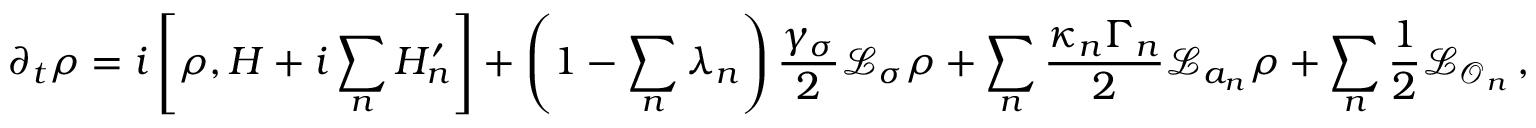
\partial _ { t } \rho = i \left[ \rho , H + i \sum _ { n } H _ { n } ^ { \prime } \right] + \left( 1 - \sum _ { n } \lambda _ { n } \right) \frac { \gamma _ { \sigma } } { 2 } \mathcal { L } _ { \sigma } \rho + \sum _ { n } \frac { \kappa _ { n } \Gamma _ { n } } { 2 } \mathcal { L } _ { a _ { n } } \rho + \sum _ { n } \frac { 1 } { 2 } \mathcal { L } _ { \mathcal { O } _ { n } } \, ,